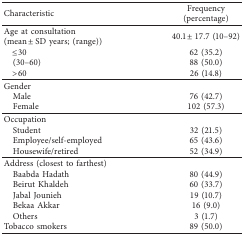
| Characteristic | Frequency (percentage) |
 | --- | --- |
 | Age at consultation (mean ± SD years; (range)) | 40.1 ± 17.7 (10–92) |
 | ≤30 | 62 (35.2) |
 | (30–60) | 88 (50.0) |
 | >60 | 26 (14.8) |
 | Gender |  |
 | Male | 76 (42.7) |
 | Female | 102 (57.3) |
 | Occupation |  |
 | Student | 32 (21.5) |
 | Employee/self-employed | 65 (43.6) |
 | Housewife/retired | 52 (34.9) |
 | Address (closest to farthest) |  |
 | Baabda Hadath | 80 (44.9) |
 | Beirut Khaldeh | 60 (33.7) |
 | Jabal Jounieh | 19 (10.7) |
 | Bekaa Akkar | 16 (9.0) |
 | Others | 3 (1.7) |
 | Tobacco smokers | 89 (50.0) |